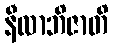
နီလာဘိဇာတိ